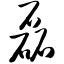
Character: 磊